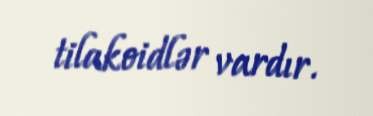
tilakoidlər vardır.